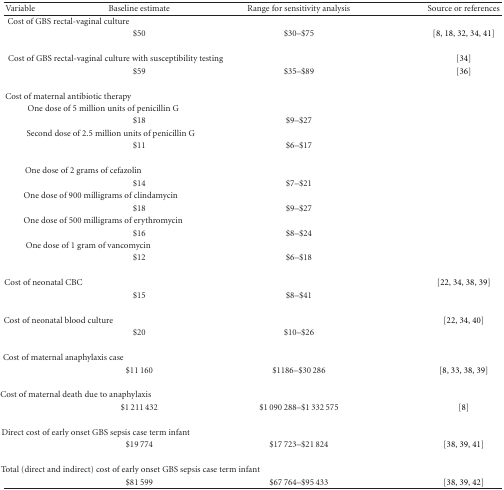
<table><thead><tr><td><b>Variable</b></td><td><b>Baseline estimate</b></td><td><b>Range for sensitivity analysis</b></td><td><b>Source or references</b></td></tr></thead><tbody><tr><td colspan="4">Cost of GBS rectal-vaginal culture</td></tr><tr><td></td><td>$50</td><td>$30–$75</td><td>[8, 18, 32, 34, 41]</td></tr><tr><td colspan="3">Cost of GBS rectal-vaginal culture with susceptibility testing</td><td>[34]</td></tr><tr><td></td><td>$59</td><td>$35–$89</td><td>[36]</td></tr><tr><td colspan="3">Cost of maternal antibiotic therapy</td><td></td></tr><tr><td colspan="3">One dose of 5 million units of penicillin G</td><td></td></tr><tr><td></td><td>$18</td><td>$9–$27</td><td></td></tr><tr><td colspan="3">Second dose of 2.5 million units of penicillin G</td><td></td></tr><tr><td></td><td>$11</td><td>$6–$17</td><td></td></tr><tr><td colspan="3">One dose of 2 grams of cefazolin</td><td></td></tr><tr><td></td><td>$14</td><td>$7–$21</td><td></td></tr><tr><td colspan="3">One dose of 900 milligrams of clindamycin</td><td></td></tr><tr><td></td><td>$18</td><td>$9–$27</td><td></td></tr><tr><td colspan="3">One dose of 500 milligrams of erythromycin</td><td></td></tr><tr><td></td><td>$16</td><td>$8–$24</td><td></td></tr><tr><td colspan="3">One dose of 1 gram of vancomycin</td><td></td></tr><tr><td></td><td>$12</td><td>$6–$18</td><td></td></tr><tr><td colspan="3">Cost of neonatal CBC</td><td>[22, 34, 38, 39]</td></tr><tr><td></td><td>$15</td><td>$8–$41</td><td></td></tr><tr><td colspan="3">Cost of neonatal blood culture</td><td>[22, 34, 40]</td></tr><tr><td></td><td>$20</td><td>$10–$26</td><td></td></tr><tr><td colspan="3">Cost of maternal anaphylaxis case</td><td></td></tr><tr><td></td><td>$11 160</td><td>$1186–$30 286</td><td>[8, 33, 38, 39]</td></tr><tr><td colspan="3">Cost of maternal death due to anaphylaxis</td><td></td></tr><tr><td></td><td>$1 211 432</td><td>$1 090 288–$1 332 575</td><td>[8]</td></tr><tr><td colspan="3">Direct cost of early onset GBS sepsis case term infant</td><td></td></tr><tr><td></td><td>$19 774</td><td>$17 723–$21 824</td><td>[38, 39, 41]</td></tr><tr><td colspan="3">Total (direct and indirect) cost of early onset GBS sepsis case term infant</td><td></td></tr><tr><td></td><td>$81 599</td><td>$67 764–$95 433</td><td>[38, 39, 42]</td></tr></tbody></table>